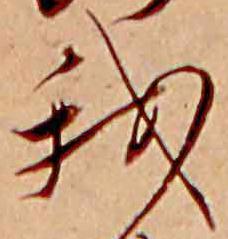
我